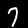
Digit: 7